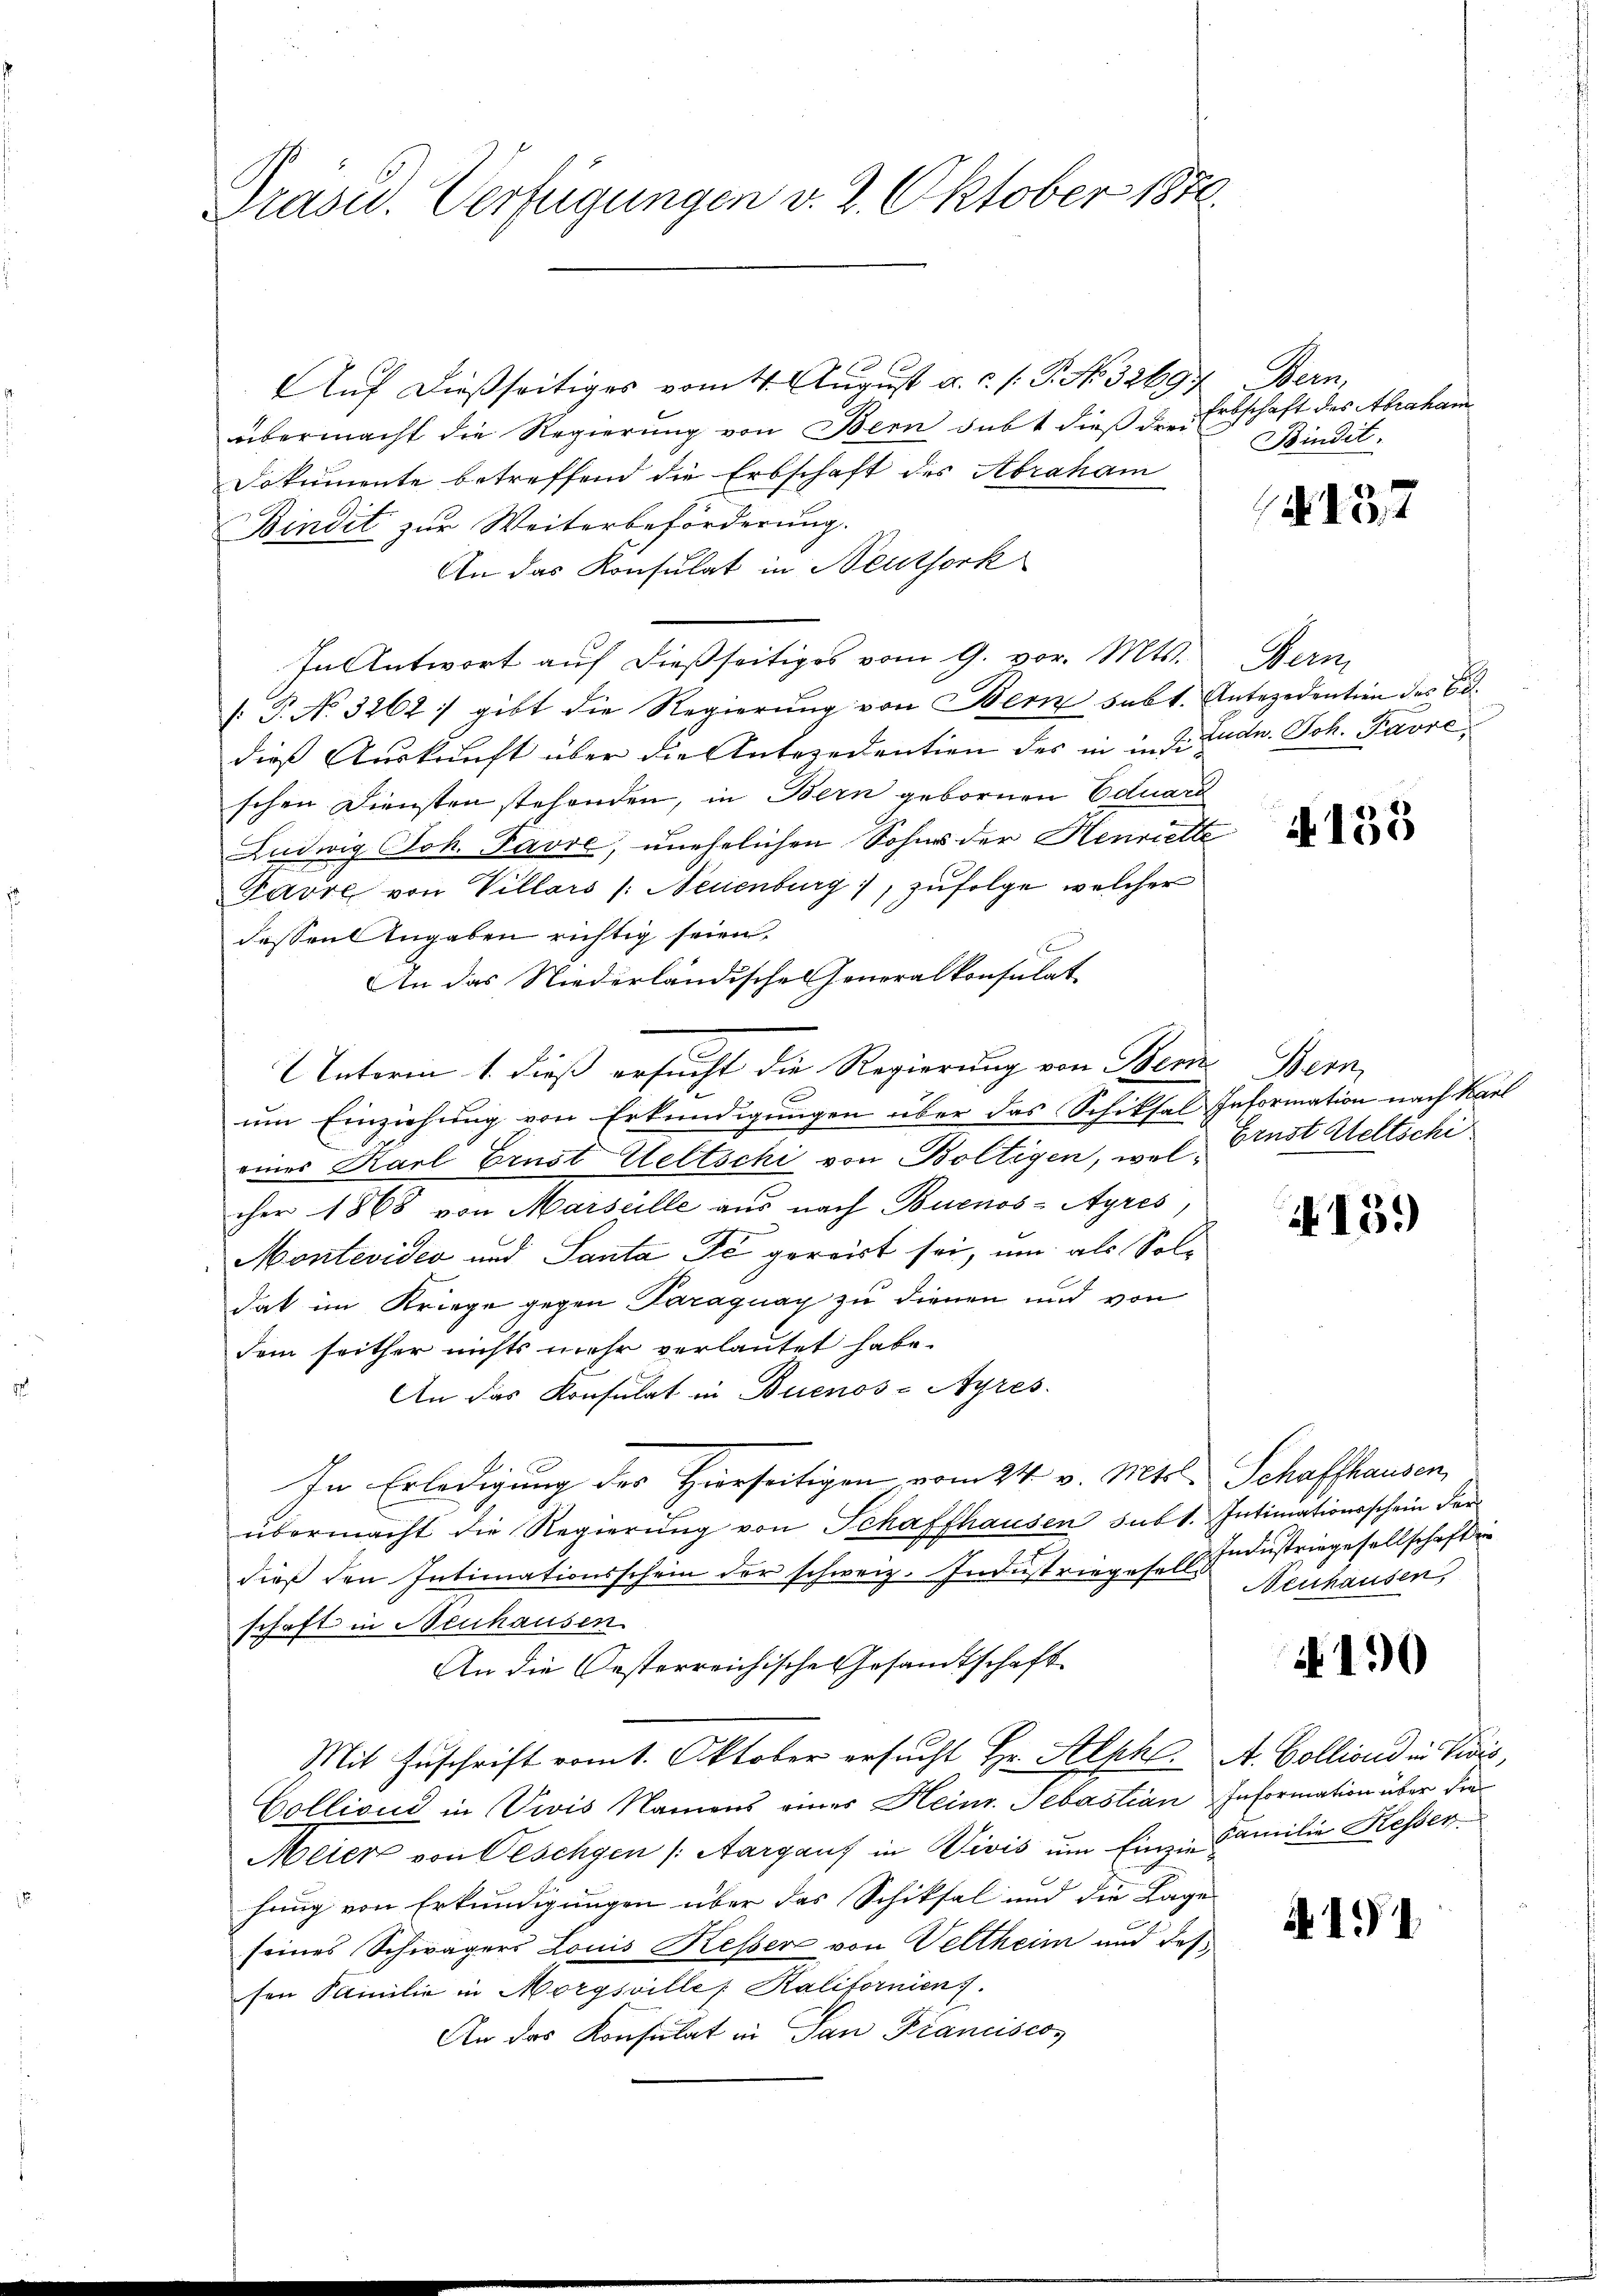
Präsid. Verfügungen v. 2. Oktober 1876.

x
Auf dießseitiges vom 4. August a. c. s. P. No. 3269.
übermacht die Regierung von Bern subt dieß drei
Dokumente betreffend die Erbschaft des Abraham
Bindit zur Weiterbeförderung.
An das Konsulat in Neuthork
In Antwort auf dießseitiges vom 9. vor. Mts.
[.P. No. 3262) gibt die Regierŭng von Bern subt. Antezedention des Bd.
dieß Auskunft über die Antezedention des in in d. Ludw. Joh. Favre,
schen Diensten stehenden, in Bern gebornen Eduard
Ludwig Joh. Favre, unehelichen Sohnes der Henriette
Favre von Villars /: Neuenburg), zufolge, welcher
dessen Angaben richtig seien,
An das Niederländische Generalkonsulat-
Untorin 1. dieß ersucht die Regierung von Bern Bern,
um Einziehung von Erkundigungen über das Schiksal Information nach Karl
eines Karl Ernst Weltschi von Boltigen, welcher 1868 von Marseille aus nach Buenos-Ayres
Montevideo und Santa de gerart sei, um als Soldat im Kriege gegen Paraguay zu dienen und von
dem seither nichts mehr verlautet habe.
An das Konsulat in Buenos-Ayres
In Erledigung des Hierseitigen vom 24. v. Mts. Schaffhausen,
übermacht die Regierung von Schaffhausen subt. Intimationsschein der
e
dieß den Intimationsschein der schweiz. Industriegesell Industriegesellschaften
schaft in Neuhausen
An die Oesterreichische Gesandtschaft
Mit Zuschrift vom 1. Oktober ersucht Hr. Alph. A. Bolliond in Divis,
Collioud in Vivis Namens eines Hein. Sebastian Information über die
Meier von Geschen (Aargauf in Divis um Einzie Familie Kesserhung von Erkundigungen über das Schiksal und die Lage
seines Schwägers Louis Kesser von Veltheim und des
sen Familie in Morgsville Kalifornien.
An das Konsulat in San Francisco,

Dem
Erbschaft des Abraham
Bindit:

4137

Nein

4135

Ernst Weltschi

N 151)

Neuhausen,

130

4191